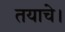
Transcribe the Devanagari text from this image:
तयाचे।